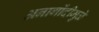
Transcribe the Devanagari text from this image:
अनागोंदीमुळे